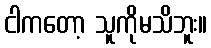
ငါကတော့ သူကိုမသိဘူး။